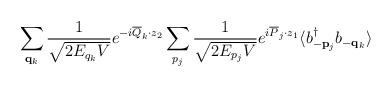
LaTeX: \begin{align*}\sum_{{\bf q}_k} \frac{1}{\sqrt{2 E_{q_k} V}} e^{- i \overline{Q}_k \cdot z_2} \sum_{p_j} \frac{1}{\sqrt{2 E_{p_j} V}} e^{i \overline{P}_j \cdot z_1} \langle b^\dagger_{- {\bf p}_j} b_{- {\bf q}_k} \rangle\end{align*}